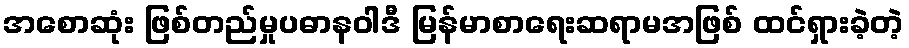
အစောဆုံး ဖြစ်တည်မှုပဓာနဝါဒီ မြန်မာစာရေးဆရာမအဖြစ် ထင်ရှားခဲ့တဲ့